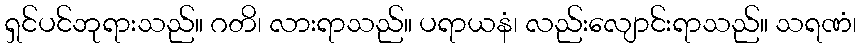
ရှင်ပင်ဘုရားသည်။ ဂတိ၊ လားရာသည်။ ပရာယနံ၊ လည်းလျောင်းရာသည်။ သရဏံ၊